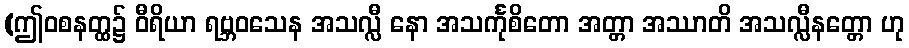
(ဤဝစနတ္ထ၌ ဝီရိယာ ရဗ္ဘဝသေန အသလ္လီ နော အသင်္ကုစိတော အတ္တာ အဿာတိ အသလ္လီနတ္တော ဟု